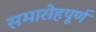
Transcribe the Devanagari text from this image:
समारोहपूर्ण